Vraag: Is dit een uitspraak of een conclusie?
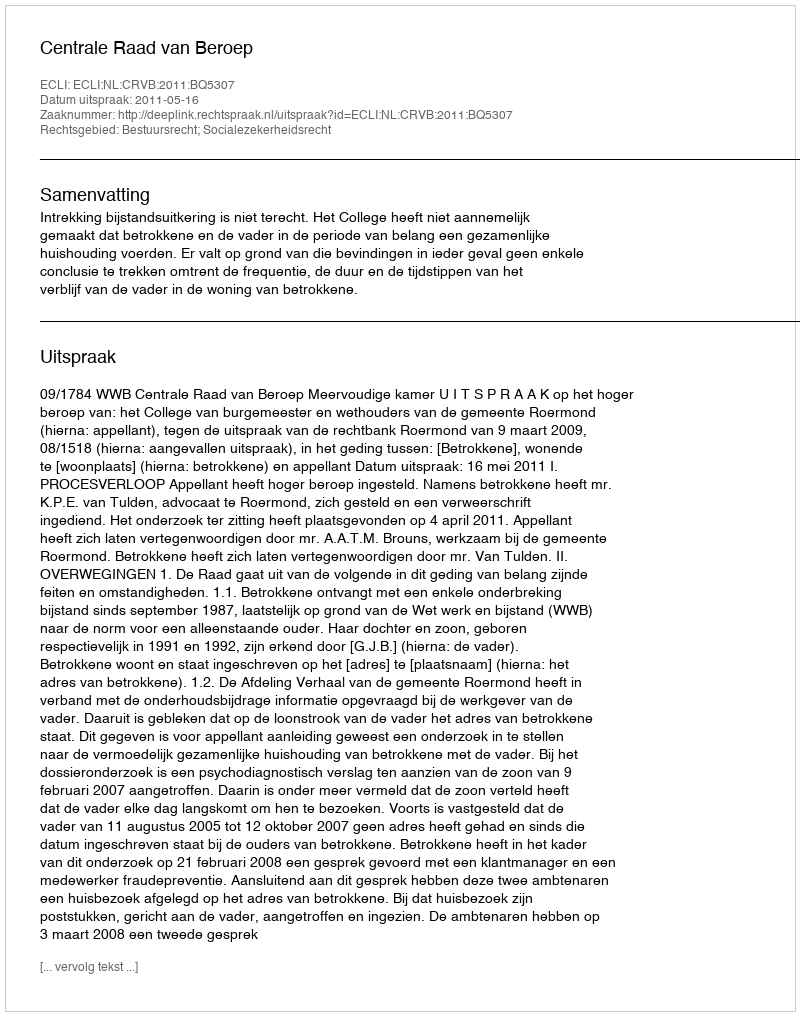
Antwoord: Uitspraak